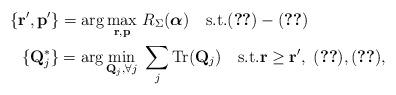
LaTeX: \begin{align*}\{\mathbf{r',p'}\}={\rm arg}\max_{\mathbf{r,p}}\ &R_{\Sigma}(\boldsymbol{\alpha})\quad{\rm s.t.}(\ref{pow})-(\ref{psd})\\\{\mathbf{Q}^{*}_j\}={\rm arg}\min_{\mathbf{Q}_j, \forall j}\ &\sum_{j}{\rm Tr}(\mathbf{Q}_j)\quad{\rm s.t.}\mathbf{r} \geq \mathbf{r'},\ (\ref{b}),(\ref{c}),\end{align*}